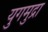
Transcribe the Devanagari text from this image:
युगमुद्रा